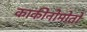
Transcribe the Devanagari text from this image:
काकीनोमोतो